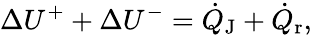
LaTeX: \Delta U^{+}+\Delta U^{-}=\dot{Q}_{\textrm{J}}+\dot{Q}_{\textrm{r}},